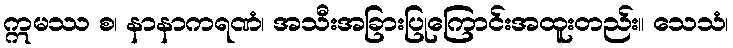
ဣမဿ စ၊ နာနာကရဏံ၊ အသီးအခြားပြုကြောင်းအထူးတည်း။ သေသံ၊